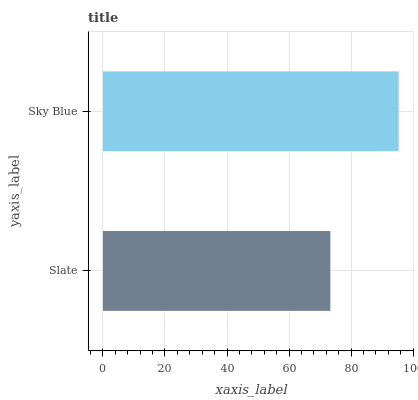
| yaxis_label | bars |
 | --- | --- |
 | Slate | 73.3 |
 | Sky Blue | 95.4 |